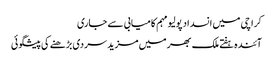
کراچی میں انسداد پولیو مہم کامیابی سے جاری
آئندہ ہفتے ملک بھر میں مزید سردی بڑھنے کی پیشگوئی